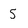
Character: 5